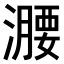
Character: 𣿺